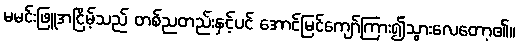
မမင်းဖြူအငြိမ့်သည် တစ်ညတည်းနှင့်ပင် အောင်မြင်ကျော်ကြား၍သွားလေတော့၏။